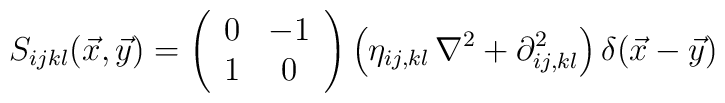
S_{ijkl}(\vec x,\vec y)=\left(\begin{array}{cc}0&-1\\1&0\end{array}\right)\Bigl(\eta_{ij,kl}\,\nabla^2+\partial^2_{ij,kl}\Bigr)\,\delta(\vec x-\vec y)